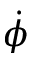
\dot { \phi }